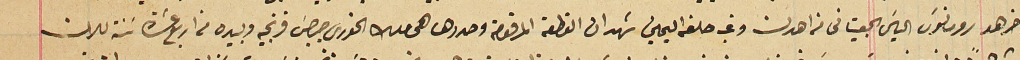
اخر هو رومانوسَ الياسَ الجعيتانى من اهدن وغب حلفه اليمين شهد ان القطعة المرقومة وحددها هى ملك الخورى جرجسَ فرنجيه وبيده من اربع عشرة سَنة للان